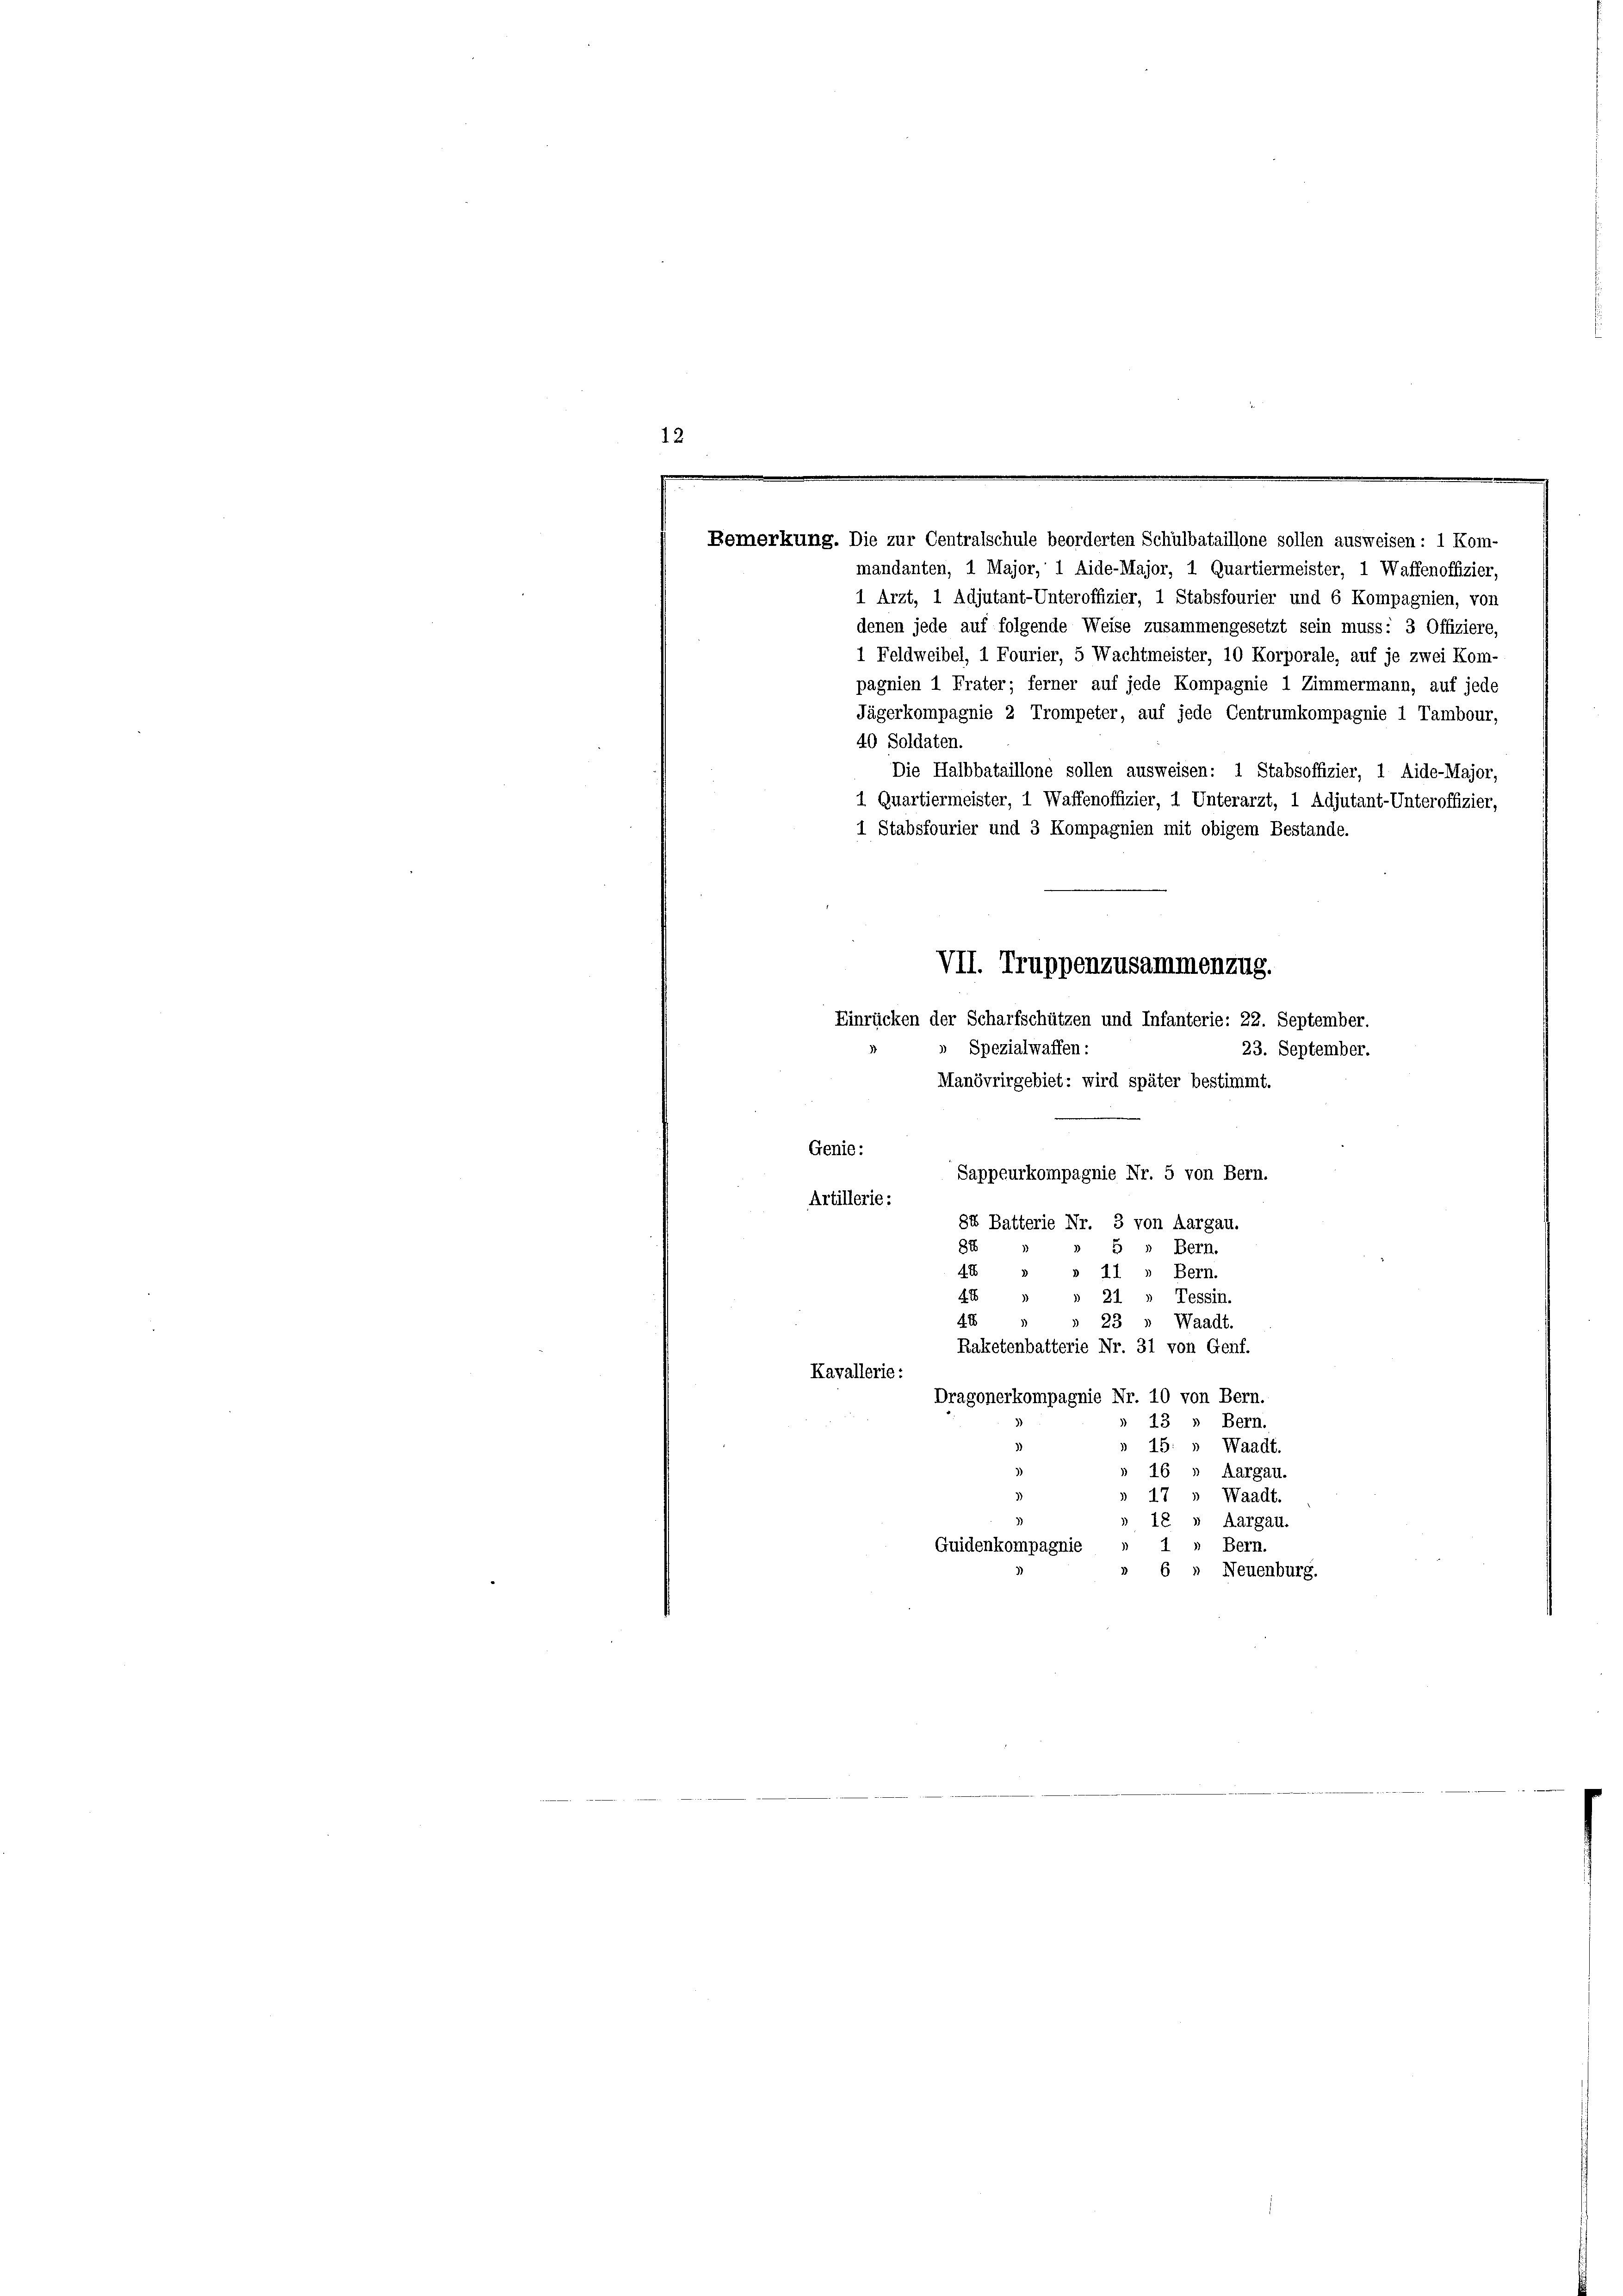
15

e
Bemerkung. Die zur Centralschule beorderten Schulbataillone sollen ausweisen: 1 Kom-

mandanten, 1 Major, 1 Aide-Major, 1 Quartiermeister, 1 Waffenoffizier,
1 Arzt, 1 Adjutant-Unteroffizier, 1 Stabsfourier und 6 Kompagnien, von
denen jede auf folgende Weise zusammengesetzt sein muss: 3 Offiziere,
1 Feldweibel, 1 Fourier, 5 Wachtmeister, 10 Korporale, auf je zwei Kom-
pagnien 1 Frater; ferner auf jede Kompagnie 1 Zimmermann, auf jede
Jägerkompagnie 2 Trompeter, auf jede Centrumkompagnie 1 Tambour,
40 Soldaten.
Die Halbbataillone sollen ausweisen: 1 Stabsoffizier, 1 Aide-Major,
1 Quartiermeister, 1 Waffenoffizier, 1 Unterarzt, 1 Adjutant-Unteroffizier,
1 Stabsfourier und 3 Kompagnien mit obigem Bestande.
Einrücken der Scharfschützen und Infanterie: 22. September.
Spezialwaffen:
Manövrirgebiet: wird später bestimmt.
Genie:
Sappeurkompagnie Nr. 5 von Bern.
Artillerie:
84 Batterie Nr. 3 von Aargau.
88
5
Bern.
48
Bern.
1
4 x
Tessin.
21
4
23 » Waadt.
Raketenbatterie Nr. 31 von Genf.
Kavallerie:
Dragonerkompagnie Nr. 10 von Bern.
13 » Bern.
15: » Waadt.
16 » Aargau.
» 17 » Waadt.
18 » Aargau.
1 » Bern.
Guidenkompagnie
6 » Neuenburg.

VII. Truppenzusammenzug.

23. September.